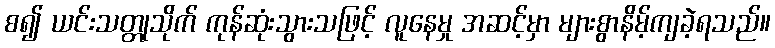
စ၍ ယင်းသတ္တုသိုက် ကုန်ဆုံးသွားသဖြင့် လူနေမှု အဆင့်မှာ များစွာနိမ့်ကျခဲ့ရသည်။